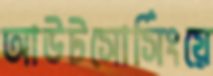
আউটসোর্সিংয়ে